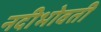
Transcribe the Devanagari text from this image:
नदीभोवती